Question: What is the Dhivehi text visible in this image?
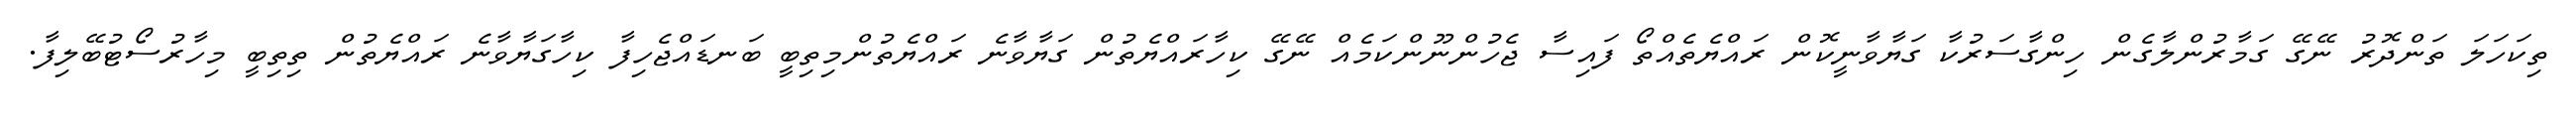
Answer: ތިކަހަލަ ތަންދޮރު ނޭގޭ ގަމާރުންލާގެން ހިންގާސަރުކާ ގަޔާވާނީކޮން ރައްޔެތެއްތޯ ފައިސާ ޖެހުންނޫންކަމެއް ނޭގޭ ކިހާރައްޔެތުން ގަޔާވާނެ ރައްޔެތުންމިތިބީ ބަނޑައްޖެހިފާ ކިހާގަޔާވާނެ ރައްޔެތުން ތިތިބީ މިހާރުސޯޓުބޭލިފާ.